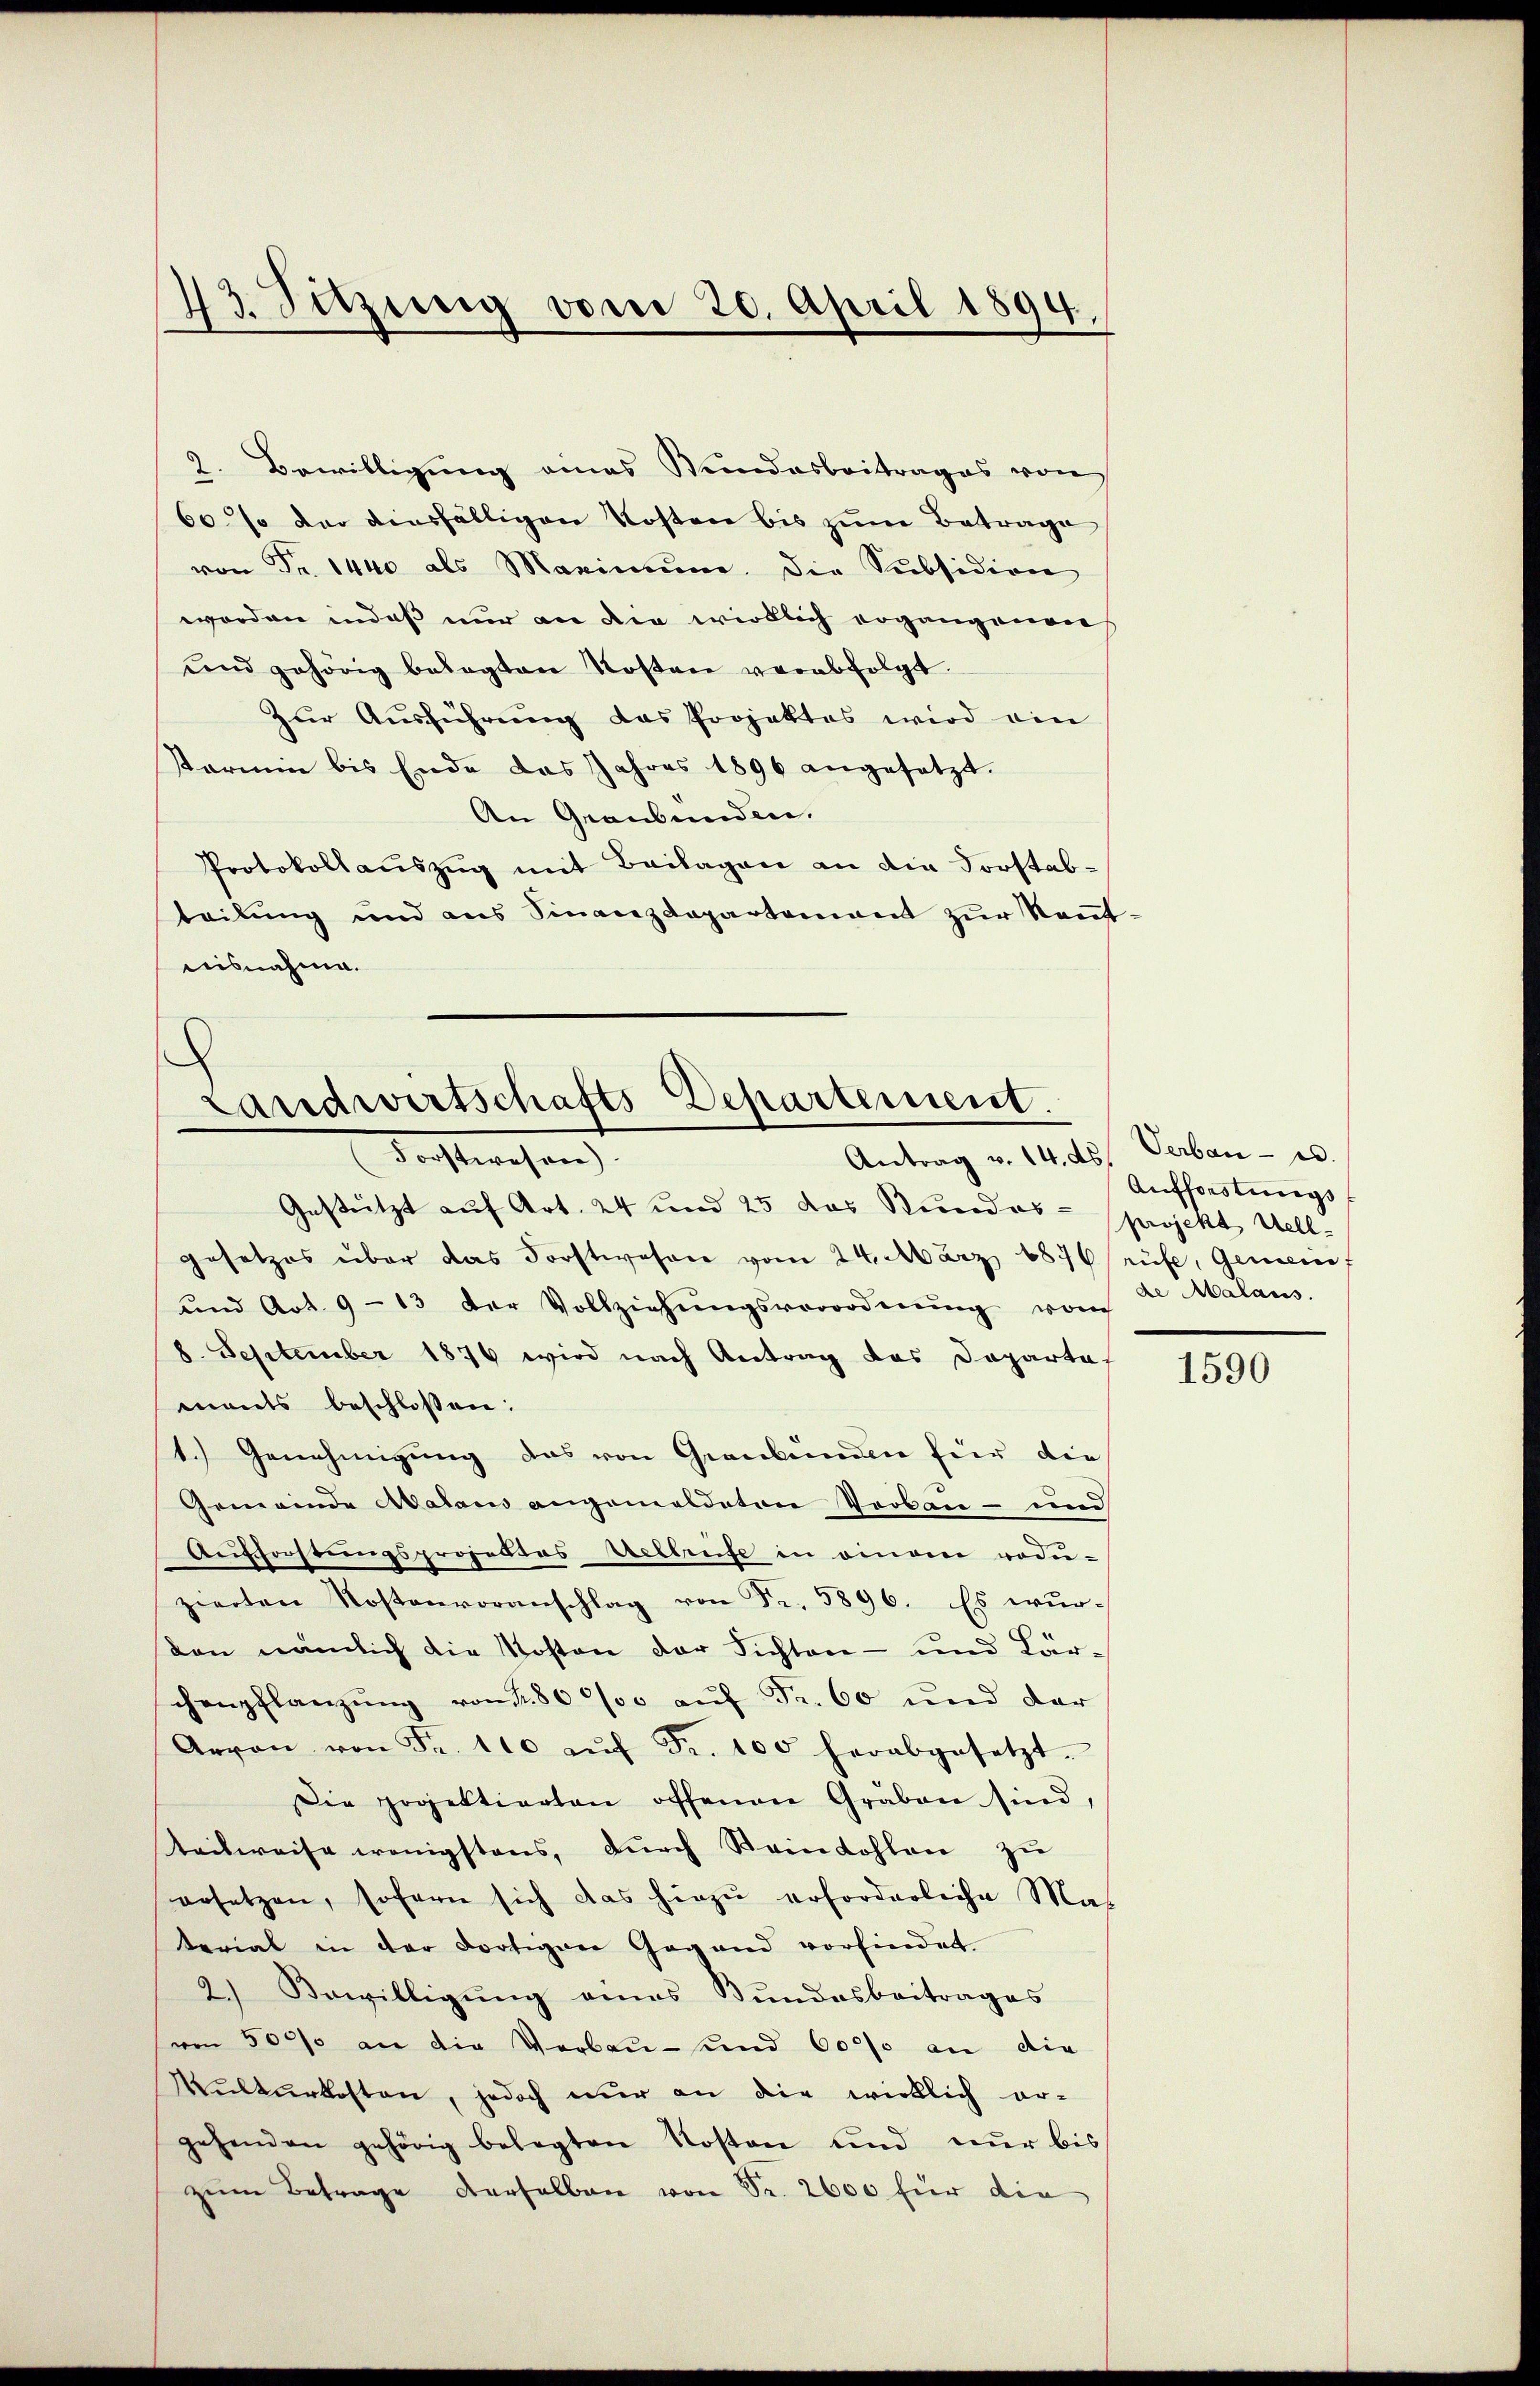
43. Sitzung vom 20. April 1894.

2. Bewilligung eines Stundesbeitrages von
60% der diesfälligen Kosten bis zum Betrage
von Fr. 1440 als Maximŭm die Subsidion
worden in daß nur an die wirklich ergangenen
ŭnd gehörig belegten Kosten verabfolgt.
Zur Ausführung das Projektes wird ein
Karmin bis Ende das Jahres 1896 angesetzt.
An Graubünden.
Protokollauszug mit Beilagen an die Forstabteilung und aus Sinanzdepartement zŭr Nant
nisnahme.

Landwirtschafts-Departement.
Antrag v. 14. ds. Verban - es.
dachtwesen.

Gestützt auf Art. 24 und 25 das Stundes- projekt Hell-
gesetzes über das Forstwesen vom 24. März 1876 rüfe, Gemeinf
und Art. 9 - 13 der Vollziehŭngsverordnŭng vom
8. September 1876 wird nach Antrag des Doparte
ments beschloßen:
1.) Genehmigung das von Graubünden für die
Gemeinde Aalaus angemeldeten Verbau- und
Aufforstŭngsprojektes Weltreise in einem rodu-
zierten Kostenvoranschlag von Fr. 5896. Es wŭr-
den nämlich die Kosten der Sichten- und Lärschenpflanzung von 80 000 auf Fr. 60 und der
Arron von Fr. 110 aŭf Fr. 100 herabgesetzt.
Die popeltierten offenen Graben sind,
teilweise wenigstens, durch Steinkohlen zu
ersetzen, sofern sich das hirzŭ erforderliche Mas
terial in der dortigen Gegend vorfindet.
2.) Bewilligung eines Bundesbeitrages
(von 50000 an die Verbau- und 6000 an die
Kulturkosten, jedoch nur an die wirklich er-
gehenden gehörig belegten Kosten und nur bis
zŭm Betrage derselben von Fr. 2600 für die

Aufforstungs
de Malans.

1590